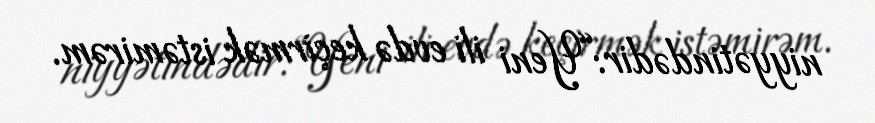
niyyətindədir:“Yeni ili evdə keçirmək istəmirəm.